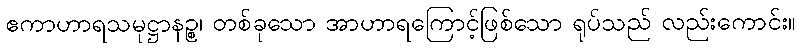
ဧကာဟာရသမုဋ္ဌာနဉ္စ၊ တစ်ခုသော အာဟာရကြောင့်ဖြစ်သော ရုပ်သည် လည်းကောင်း။